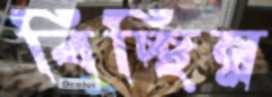
বিচ্ছিন্ন